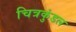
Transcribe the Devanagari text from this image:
चित्रकुंडल